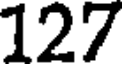
127